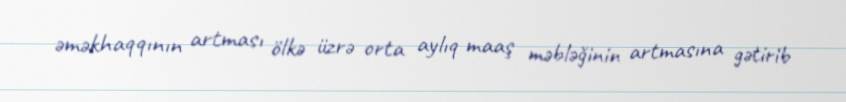
əməkhaqqının artması ölkə üzrə orta aylıq maaş məbləğinin artmasına gətirib